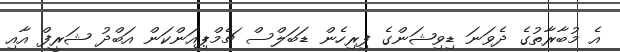
އެ މުބާރާތުގެ ދެވަނަ ޑިވިޝަންގެ ފިރިހެން ޑަބަލްސް ޗެމްޕިއަންކަން އަބްދު ޝަރީފް އާއި